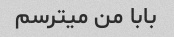
بابا من میترسم